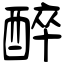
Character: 醉